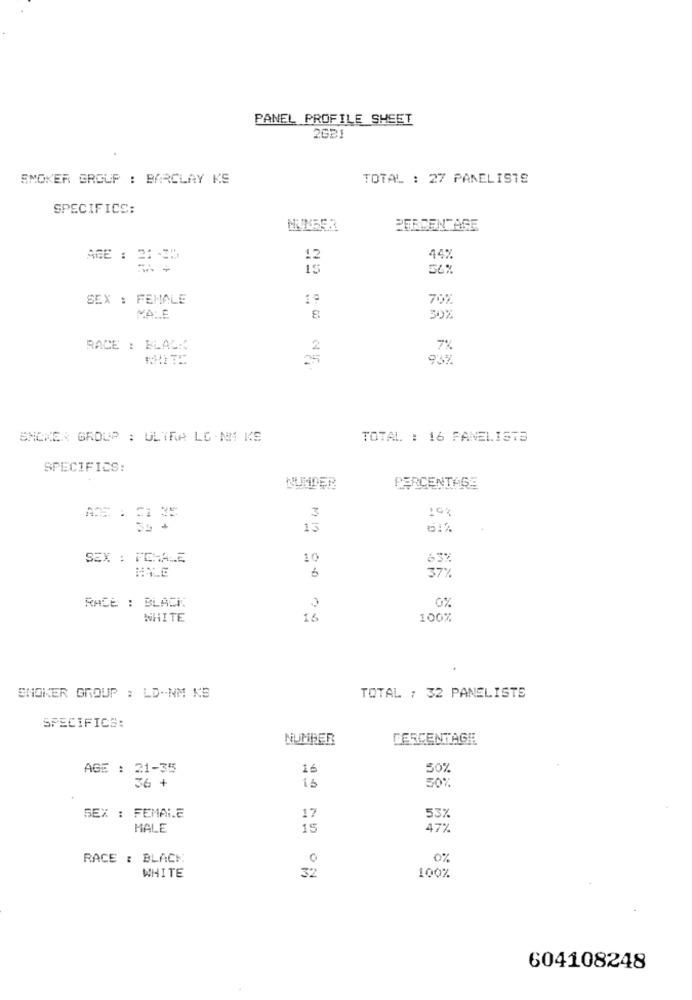
PANEL PROFILE SHEET
2GB1
SMOKER GROUP : BARCLAY KS
TOTAL : 27 PANELISTS
SPECIFICS:
PERCENTAGE
AGE : 215
12
44%
15
56%
SEX : FEMALE
19
70%
MALE
30%
RACE : BLACK
2
7%
93%
SHOWER GROUP : ULTRA LG N1 KS
TOTAL : 16 PANELISTS
SPECIFICS:
KUNDER
PERCENTAGE
198
3
13
SEX : FEMALE
10
63%
6
37%
0%
RACE : BLACK
WHITE
16
100%
SMOKER GROUP : LD-NM KS
TOTAL : 32 PANELISTS
SPECIFICS:
NUMBER
PERCENTAGE
AGE : 21-35
16
50%
36 +
50%
SEX : FEMALE
17
53%
MALE
15
47%
RACE : BLACK
0
0%
32
WHITE
100%
604108248